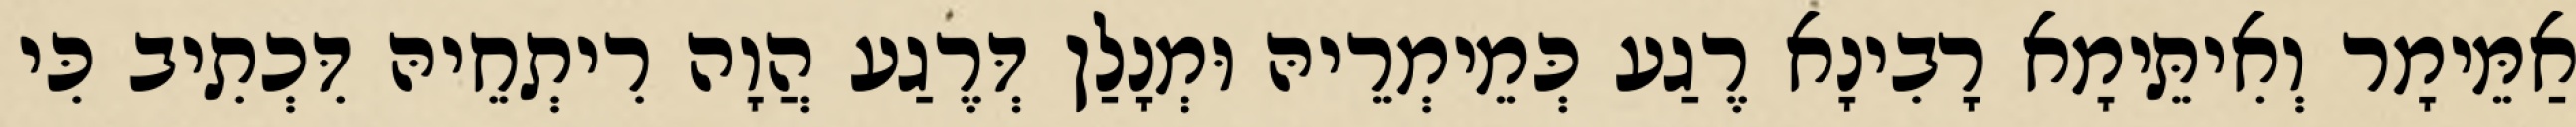
אַמֵּימָר וְאִיתֵּימָא רָבִינָא רֶגַע כְּמֵימְרֵיהּ וּמְנָלַן דְּרֶגַע הֲוָה רִיתְחֵיהּ דִּכְתִיב כִּי